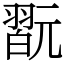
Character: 翫